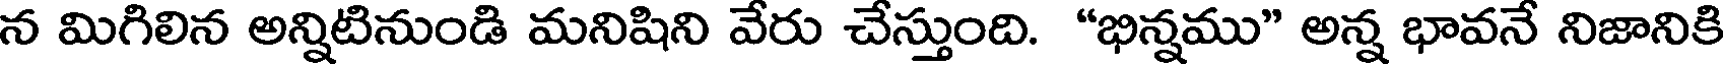
న మిగిలిన అన్నిటినుండి మనిషిని వేరు చేస్తుంది. "భిన్నము" అన్న భావనే నిజానికి